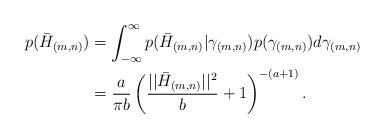
LaTeX: \begin{align*}p(\bar{H}_{(m,n)}) & =\int_{-\infty}^{\infty}p(\bar{H}_{(m,n)}|\gamma_{(m,n)})p(\gamma_{(m,n)})d\gamma_{(m,n)}\\ & =\frac{a}{\pi b}\left(\frac{||\bar{H}_{(m,n)}||^{2}}{b}+1\right)^{-(a+1)}. \end{align*}